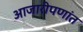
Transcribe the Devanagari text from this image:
आजारीपणांत